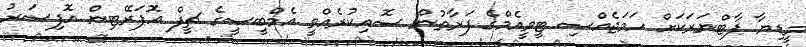
މީޑިޔާ ޕާޓްނަރަކަށް ހަމަޖެއްސި ޓީވީއެމްގެ ފަރާތުން ސޮއިކުރެއްވީ އެމްބީސީގެ ޗީފް އޮޕަރޭޓިން އޮފިސަރު